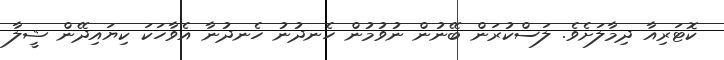
ކޮޓަރިއާ ދިމާލަށެވެ. ލަސްކުރަން ބޭނުން ނުވުމުން ހެނދުނު ހެނދުނާ އެވާހަކަ ކިޔައިދޭން ޝީލާ